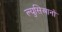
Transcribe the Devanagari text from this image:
ल्युसिआनो